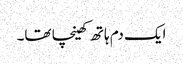
ایک دم ہاتھ کھینچا تھا۔